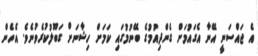
އެ ޖައްސަނީ އޭނާ އެގައުމަށް ގެންދިއުމުގެ ބޭނުމުގައި ކަމަށް ހިޝާނަށް ގަބޫލުކުރެވުނެވެ. އެހެން